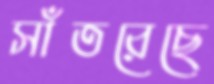
সাঁতরেছে